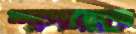
শাপলাকে